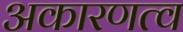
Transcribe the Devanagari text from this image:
अकारणत्व